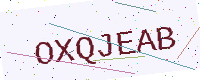
Text: OXQJEAB